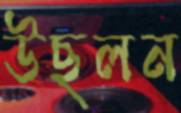
উছলন